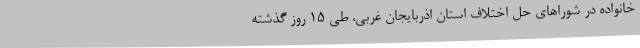
خانواده در شوراهای حل اختلاف استان اذربایجان غربی، طی 15 روز گذشته